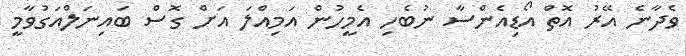
ވެދާނެ އޭރު އޮތް އޯޑިއެންސާ ނުބެހި އެމީހުން އަމިއްލަ އަށް ގޮސް ބައިނަލްއަގުވާމީ